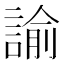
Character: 諭